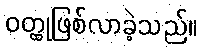
ဝတ္ထုဖြစ်လာခဲ့သည်။